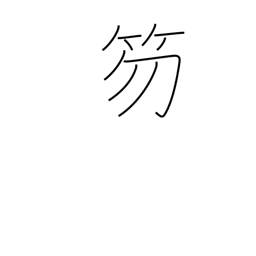
Meaning: baton